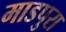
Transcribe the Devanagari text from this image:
माडपुरा